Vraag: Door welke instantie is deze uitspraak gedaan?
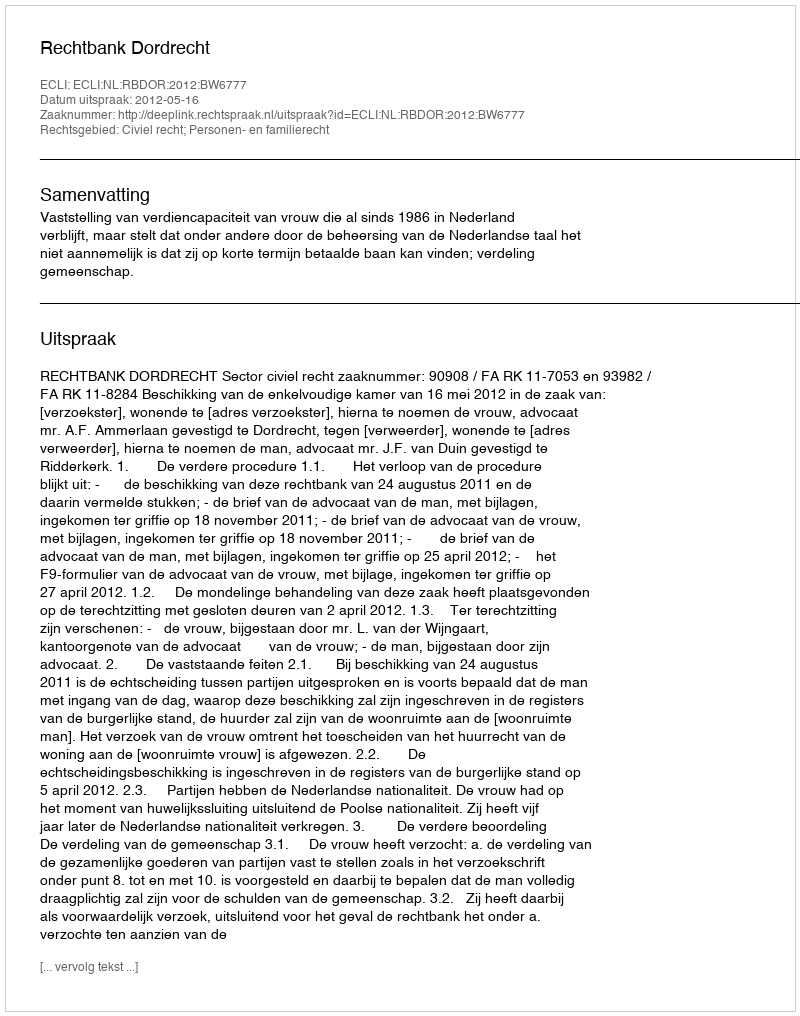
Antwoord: Rechtbank Dordrecht